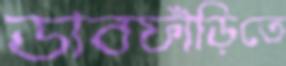
ডাবফাঁড়িতে